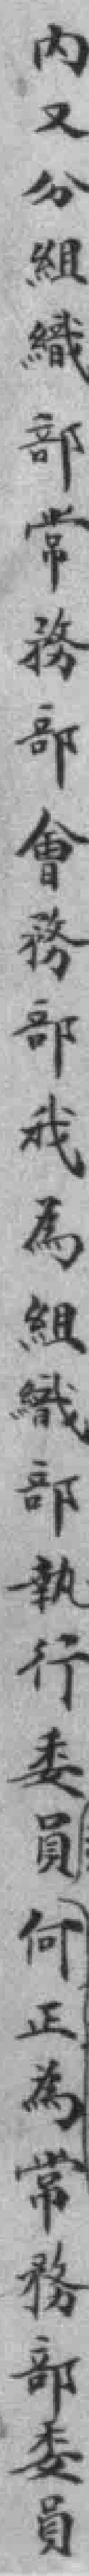
內又分組織部常務部會務部我為組織部執行委員何正為常務部委員